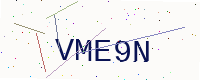
Text: VME9N